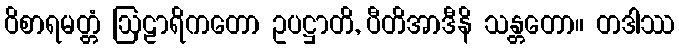
ဝိစာရမတ္တံ ဩဠာရိကတော ဥပဋ္ဌာတိ, ပီတိအာဒီနိ သန္တတော။ တဒါဿ